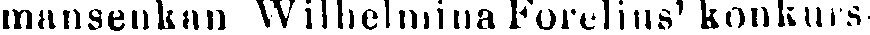
mansenkan Wilhelmina Forelius' konkurs